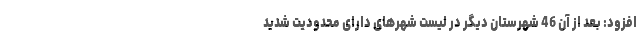
افزود: بعد از آن 46 شهرستان دیگر در لیست شهرهای دارای محدودیت شدید